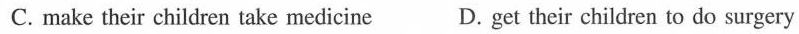
C. make their children take medicine D. Get their children to do surgery